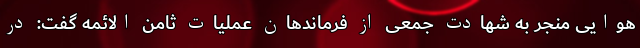
هواییِ منجر به شهادت جمعی از فرماندهان عملیات ثامن الائمه گفت: در